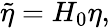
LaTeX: \widetilde{\eta}=H_{0}\eta,